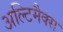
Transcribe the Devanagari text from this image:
अल्टिमैक्स